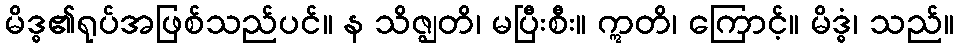
မိဒ္ဓ၏ရုပ်အဖြစ်သည်ပင်။ န သိဇ္ဈတိ၊ မပြီးစီး။ ဣတိ၊ ကြောင့်။ မိဒ္ဓံ၊ သည်။